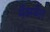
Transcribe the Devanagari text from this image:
मैक्स्वैल